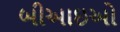
બીઆઇઓ